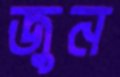
জুন